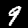
Label: 9